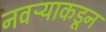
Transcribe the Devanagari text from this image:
नवऱ्याकडून